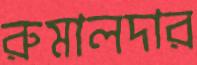
রুমালদার